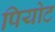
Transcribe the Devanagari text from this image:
पियोट